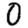
Digit: 0